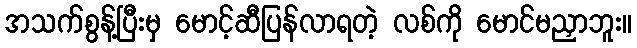
အသက်စွန့်ပြီးမှ မောင့်ဆီပြန်လာရတဲ့ လစ်ကို မောင်မညှာဘူး။